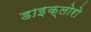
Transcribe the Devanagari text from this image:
डाइक्लोरो